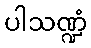
ပါသဏ္ဍံ